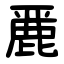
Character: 䴡